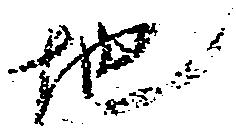
地